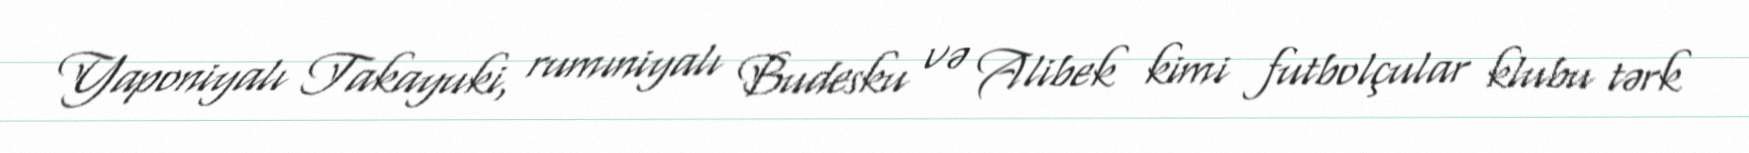
Yaponiyalı Takayuki, rumıniyalı Budesku və Alibek kimi futbolçular klubu tərk